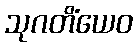
သုဂတိံယေဝ